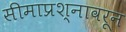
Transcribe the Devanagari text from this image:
सीमाप्रश्नावरून